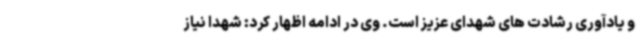
و یادآوری رشادت های شهدای عزیز است. وی در ادامه اظهار کرد: شهدا نیاز